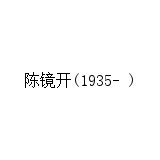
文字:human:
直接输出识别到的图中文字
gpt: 陈镜开(1935- )